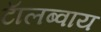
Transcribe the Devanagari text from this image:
टाॅलब्वाय